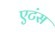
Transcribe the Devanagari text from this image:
एटंस